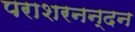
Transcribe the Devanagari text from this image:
पराशरनन्दन